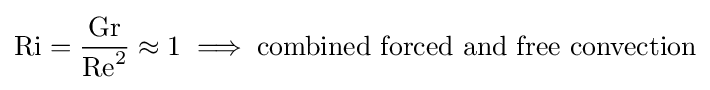
\mathrm {Ri} ={\frac {\mathrm {Gr} }{\mathrm {Re} ^{2}}}\approx 1\implies {\text{combined forced and free convection}}